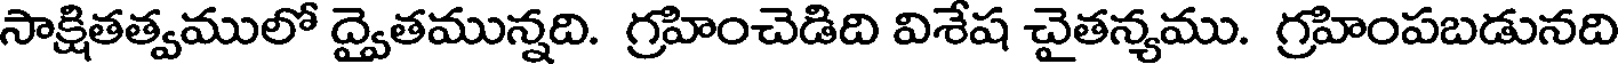
సాక్షితత్వములో ద్వైతమున్నది. గ్రహించెడిది విశేష చైతన్యము. గ్రహింపబడునది